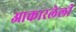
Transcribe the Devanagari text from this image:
आकारलेली